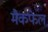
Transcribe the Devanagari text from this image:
मैकफेल